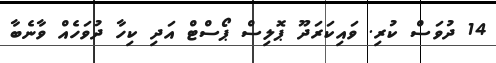
14 ދުވަސް ކުރި. ވައިކަރަދޫ ޕޮލިސް ޕޯސްޓް އަދި ކިހާ ދުވަހެއް ވާނެބާ